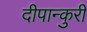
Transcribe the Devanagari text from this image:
दीपान्कुरी